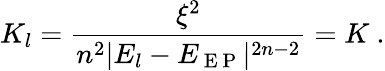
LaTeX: K_{l}=\frac{\xi^{2}}{n^{2}|E_{l}-E_{\mathrm{~E~P~}}|^{2n-2}}=K\ .